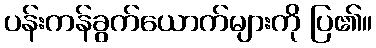
ပန်းကန်ခွက်ယောက်များကို ပြ၏။